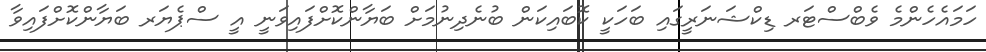
ހަމައެހެންމެ ވެބްސްޓަރ ޑިކްޝަނަރީގައި ބަހަކީ ކޮބައިކަން ބުނެދިނުމަށް ބަޔާންކޮށްފައިވަނީ އީ ސްޕެޔަރ ބަޔާންކޮށްފައިވާ